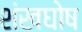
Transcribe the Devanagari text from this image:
शंखघोष